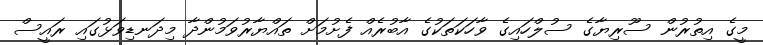
މީގެ އިތުރުން ސޫރިޔާގެ ސުލްހައިގެ ވާހަކަތަކުގެ އާބުރެއް ފެށުމަށް ތައްޔާރުވަމުންދާ މިދަނޑިވަޅުގައި ރައީސް